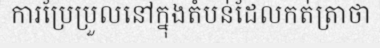
ការប្រែប្រួលនៅក្នុងតំបន់ដែលកត់ត្រាថា